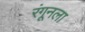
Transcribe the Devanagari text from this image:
रंगूनला